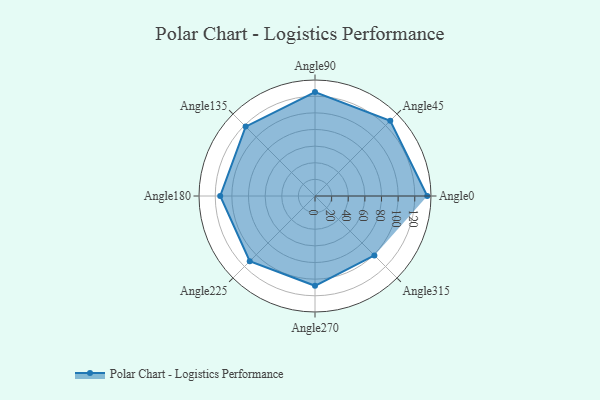
{"axis": {"x": "Angle", "y": "Radius"}, "legend": [""], "data": [{"x": "Angle0", "y": 135.0, "type": ""}, {"x": "Angle45", "y": 128.0, "type": ""}, {"x": "Angle90", "y": 125.0, "type": ""}, {"x": "Angle135", "y": 118.0, "type": ""}, {"x": "Angle180", "y": 114.0, "type": ""}, {"x": "Angle225", "y": 111.0, "type": ""}, {"x": "Angle270", "y": 108.0, "type": ""}, {"x": "Angle315", "y": 101.0, "type": ""}]}